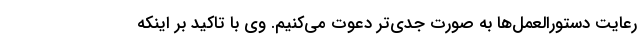
رعایت دستورالعمل‌ها به صورت جدی‌تر دعوت می‌کنیم. وی با تاکید بر اینکه